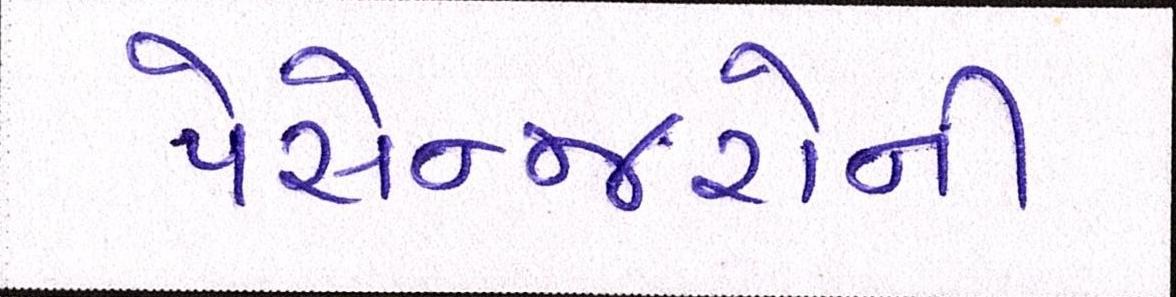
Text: પેસેન્જરોની